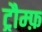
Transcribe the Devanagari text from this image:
ट्रौम्फ़